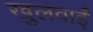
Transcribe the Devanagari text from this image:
खुलवाईं